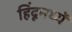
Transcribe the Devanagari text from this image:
हिंदूमध्यें